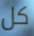
كل